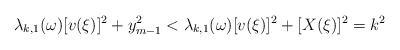
\begin{align*}\lambda_{k,1}(\omega)[v(\xi)]^2 + y_{m-1}^2 < \lambda_{k,1}(\omega) [v(\xi)]^2 +[X(\xi)]^2 = k^2\end{align*}